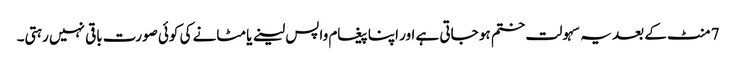
7 منٹ کے بعد یہ سہولت ختم ہو جاتی ہے اور اپنا پیغام واپس لینے یا مٹانے کی کوئی صورت باقی نہیں رہتی۔